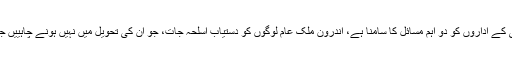
پروفیسر ایوان مورگن کہتے ہیں،’’ اوباما یہ کہہ سکتے ہیں کہ امریکی سلامتی کے اداروں کو دو اہم مسائل کا سامنا ہے، اندرون ملک عام لوگوں کو دستیاب اسلحہ جات، جو اُن کی تحویل میں نہیں ہونے چاہییں جبکہ بیرون ملک سے امریکا کو اسلامک اسٹیٹ یا آئی ایس سے لاحق خطرات۔